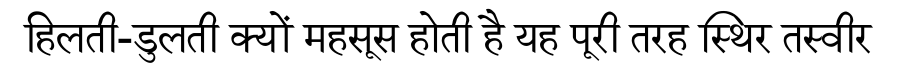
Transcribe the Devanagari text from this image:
हिलती-डुलती क्यों महसूस होती है यह पूरी तरह स्थिर तस्वीर